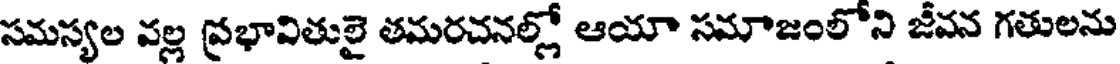
సమస్యల వల్ల ప్రభావితులై తమరచనల్లో ఆయా సమాజంలోని జీవన గతులను